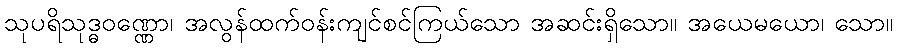
သုပရိသုဒ္ဓဝဏ္ဏော၊ အလွန်ထက်ဝန်းကျင်စင်ကြယ်သော အဆင်းရှိသော။ အယေမယော၊ သော။